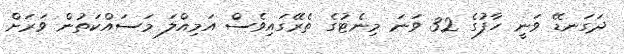
ދަގަނޑޭ ވަނީ ހާފުގެ 32 ވަނަ މިނެޓުގެ ތެރޭގައިވެސް އަމިއްލަ މަސައްކަތުން ވަރަށް